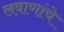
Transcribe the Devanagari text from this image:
लवाणांचे